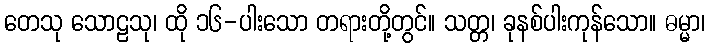
တေသု သောဠသု၊ ထို ၁၆-ပါးသော တရားတို့တွင်။ သတ္တ၊ ခုနစ်ပါးကုန်သော။ ဓမ္မာ၊